Civil Veterinary Dept. North-West Frontier Province 1933-46 - 1933-1946
Year: 1933
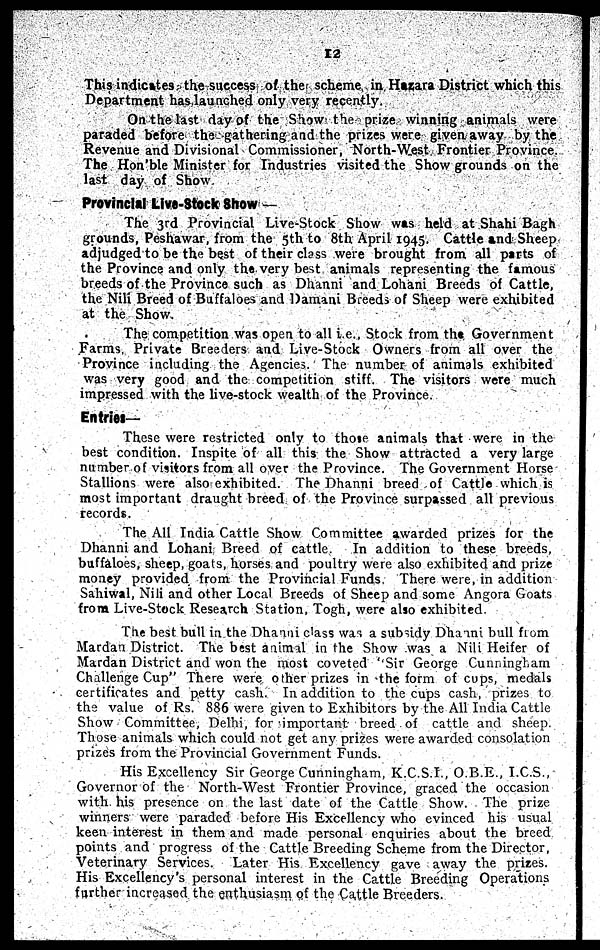
12
This indicates the success of the scheme in Hazara District which this
Department has launched only very recently.
On the last day of the Show the prize winning animals were
paraded before the gathering and the prizes were given away by the
Revenue and Divisional Commissioner, North-West Frontier Province.
The Hon'ble Minister for Industries visited the Show grounds on the
last day of Show.
Provincial Live-Stock Show—
The 3rd Provincial Live-Stock Show was held at Shahi Bagh
grounds, Peshawar, from the 5th to 8th April 1945. Cattle and Sheep
adjudged to be the best of their class were brought from all parts of
the Province and only the very best animals representing the famous
breeds of the Province such as Dhanni and Lohani Breeds of Cattle,
the Nili Breed of Buffaloes and Damani Breeds of Sheep were exhibited
at the Show.
The competition was open to all i.e., Stock from the Government
Farms, Private Breeders and Live-Stock Owners from all over the
Province including the Agencies. The number of animals exhibited
was very good and the competition stiff. The visitors were much
impressed with the live-stock wealth of the Province.
Entries—
These were restricted only to those animals that were in the
best condition. Inspite of all this the Show attracted a very large
number of visitors from all over the Province. The Government Horse
Stallions were also exhibited. The Dhanni breed of Cattle which is
most important draught breed of the Province surpassed all previous
records.
The All India Cattle Show Committee awarded prizes for the
Dhanni and Lohani Breed of cattle.
In addition to these breeds,
buffaloes, sheep, goats, horses and poultry were also exhibited and prize
money provided from the Provincial Funds. There were, in addition
Sahiwal, Nili and other Local Breeds of Sheep and some Angora Goats
from Live-Stock Research Station, Togh, were also exhibited.
The best bull in the Dhanni class was a subsidy Dhanni bull from
Mardan District. The best animal in the Show was a Nili Heifer of
Mardan District and won the most coveted ''Sir George Cunningham
Challenge Cup" There were other prizes in the form of cups, medals
certificates and petty cash. In addition to the cups cash, prizes to
the value of Rs. 886 were given to Exhibitors by the All India Cattle
Show Committee, Delhi, for important breed of cattle and sheep.
Those animals which could not get any prizes were awarded consolation
prizes from the Provincial Government Funds.
His Excellency Sir George Cunningham, K.C.S.I., O.B.E., I.C.S.,
Governor of the North-West Frontier Province, graced the occasion
with his presence on the last date of the Cattle Show. The prize
winners were paraded before His Excellency who evinced his usual
keen interest in them and made personal enquiries about the breed
points and progress of the Cattle Breeding Scheme from the Director,
Veterinary Services.
Later His Excellency gave away the prizes.
His Excellency's personal interest in the Cattle Breeding Operations
further increased the enthusiasm of the Cattle Breeders.